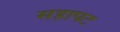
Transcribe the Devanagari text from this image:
सहापट